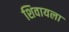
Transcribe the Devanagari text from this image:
शिवायला